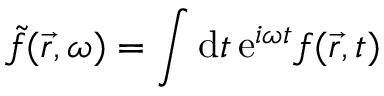
\Tilde { f } ( \vec { r } , \omega ) = \int \mathrm { d } t \, \mathrm { e } ^ { i \omega t } f ( \vec { r } , t )